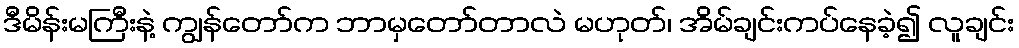
ဒီမိန်းမကြီးနဲ့ ကျွန်တော်က ဘာမှတော်တာလဲ မဟုတ်၊ အိမ်ချင်းကပ်နေခဲ့၍ လူချင်း